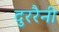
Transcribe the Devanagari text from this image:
दुररैनी